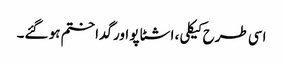
اسی طرح کیکلی، اشٹاپو اور گدا ختم ہو گئے۔